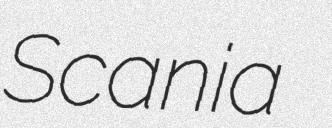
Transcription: Scania